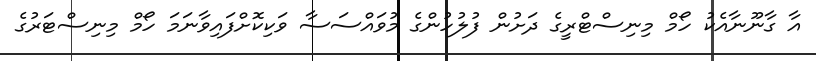
އާ ގާނޫނާއެކު ހޯމް މިނިސްޓްރީގެ ދަށުން ފުލުހުންގެ މުވައްސަސާ ވަކިކޮށްފައިވާނަމަ ހޯމް މިނިސްޓަރުގެ